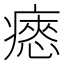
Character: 瘱